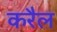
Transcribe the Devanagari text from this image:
करैल